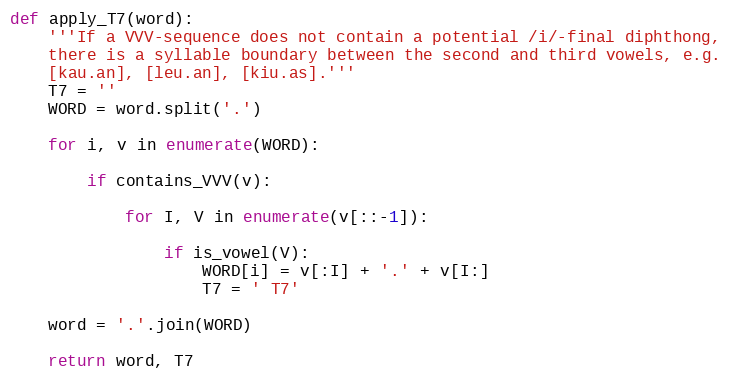
Language: Python
def apply_T7(word):
    '''If a VVV-sequence does not contain a potential /i/-final diphthong,
    there is a syllable boundary between the second and third vowels, e.g.
    [kau.an], [leu.an], [kiu.as].'''
    T7 = ''
    WORD = word.split('.')

    for i, v in enumerate(WORD):

        if contains_VVV(v):

            for I, V in enumerate(v[::-1]):

                if is_vowel(V):
                    WORD[i] = v[:I] + '.' + v[I:]
                    T7 = ' T7'

    word = '.'.join(WORD)

    return word, T7